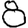
Digit: 8